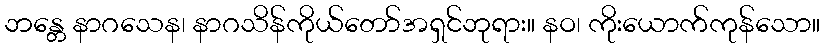
ဘန္တေ နာဂသေန၊ နာဂသိန်ကိုယ်တော်အရှင်ဘုရား။ နဝ၊ ကိုးယောက်ကုန်သော။